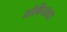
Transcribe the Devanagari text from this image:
धोबिपछाड